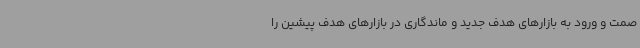
صمت و ورود به بازارهای هدف جدید و ماندگاری در بازارهای هدف پیشین را